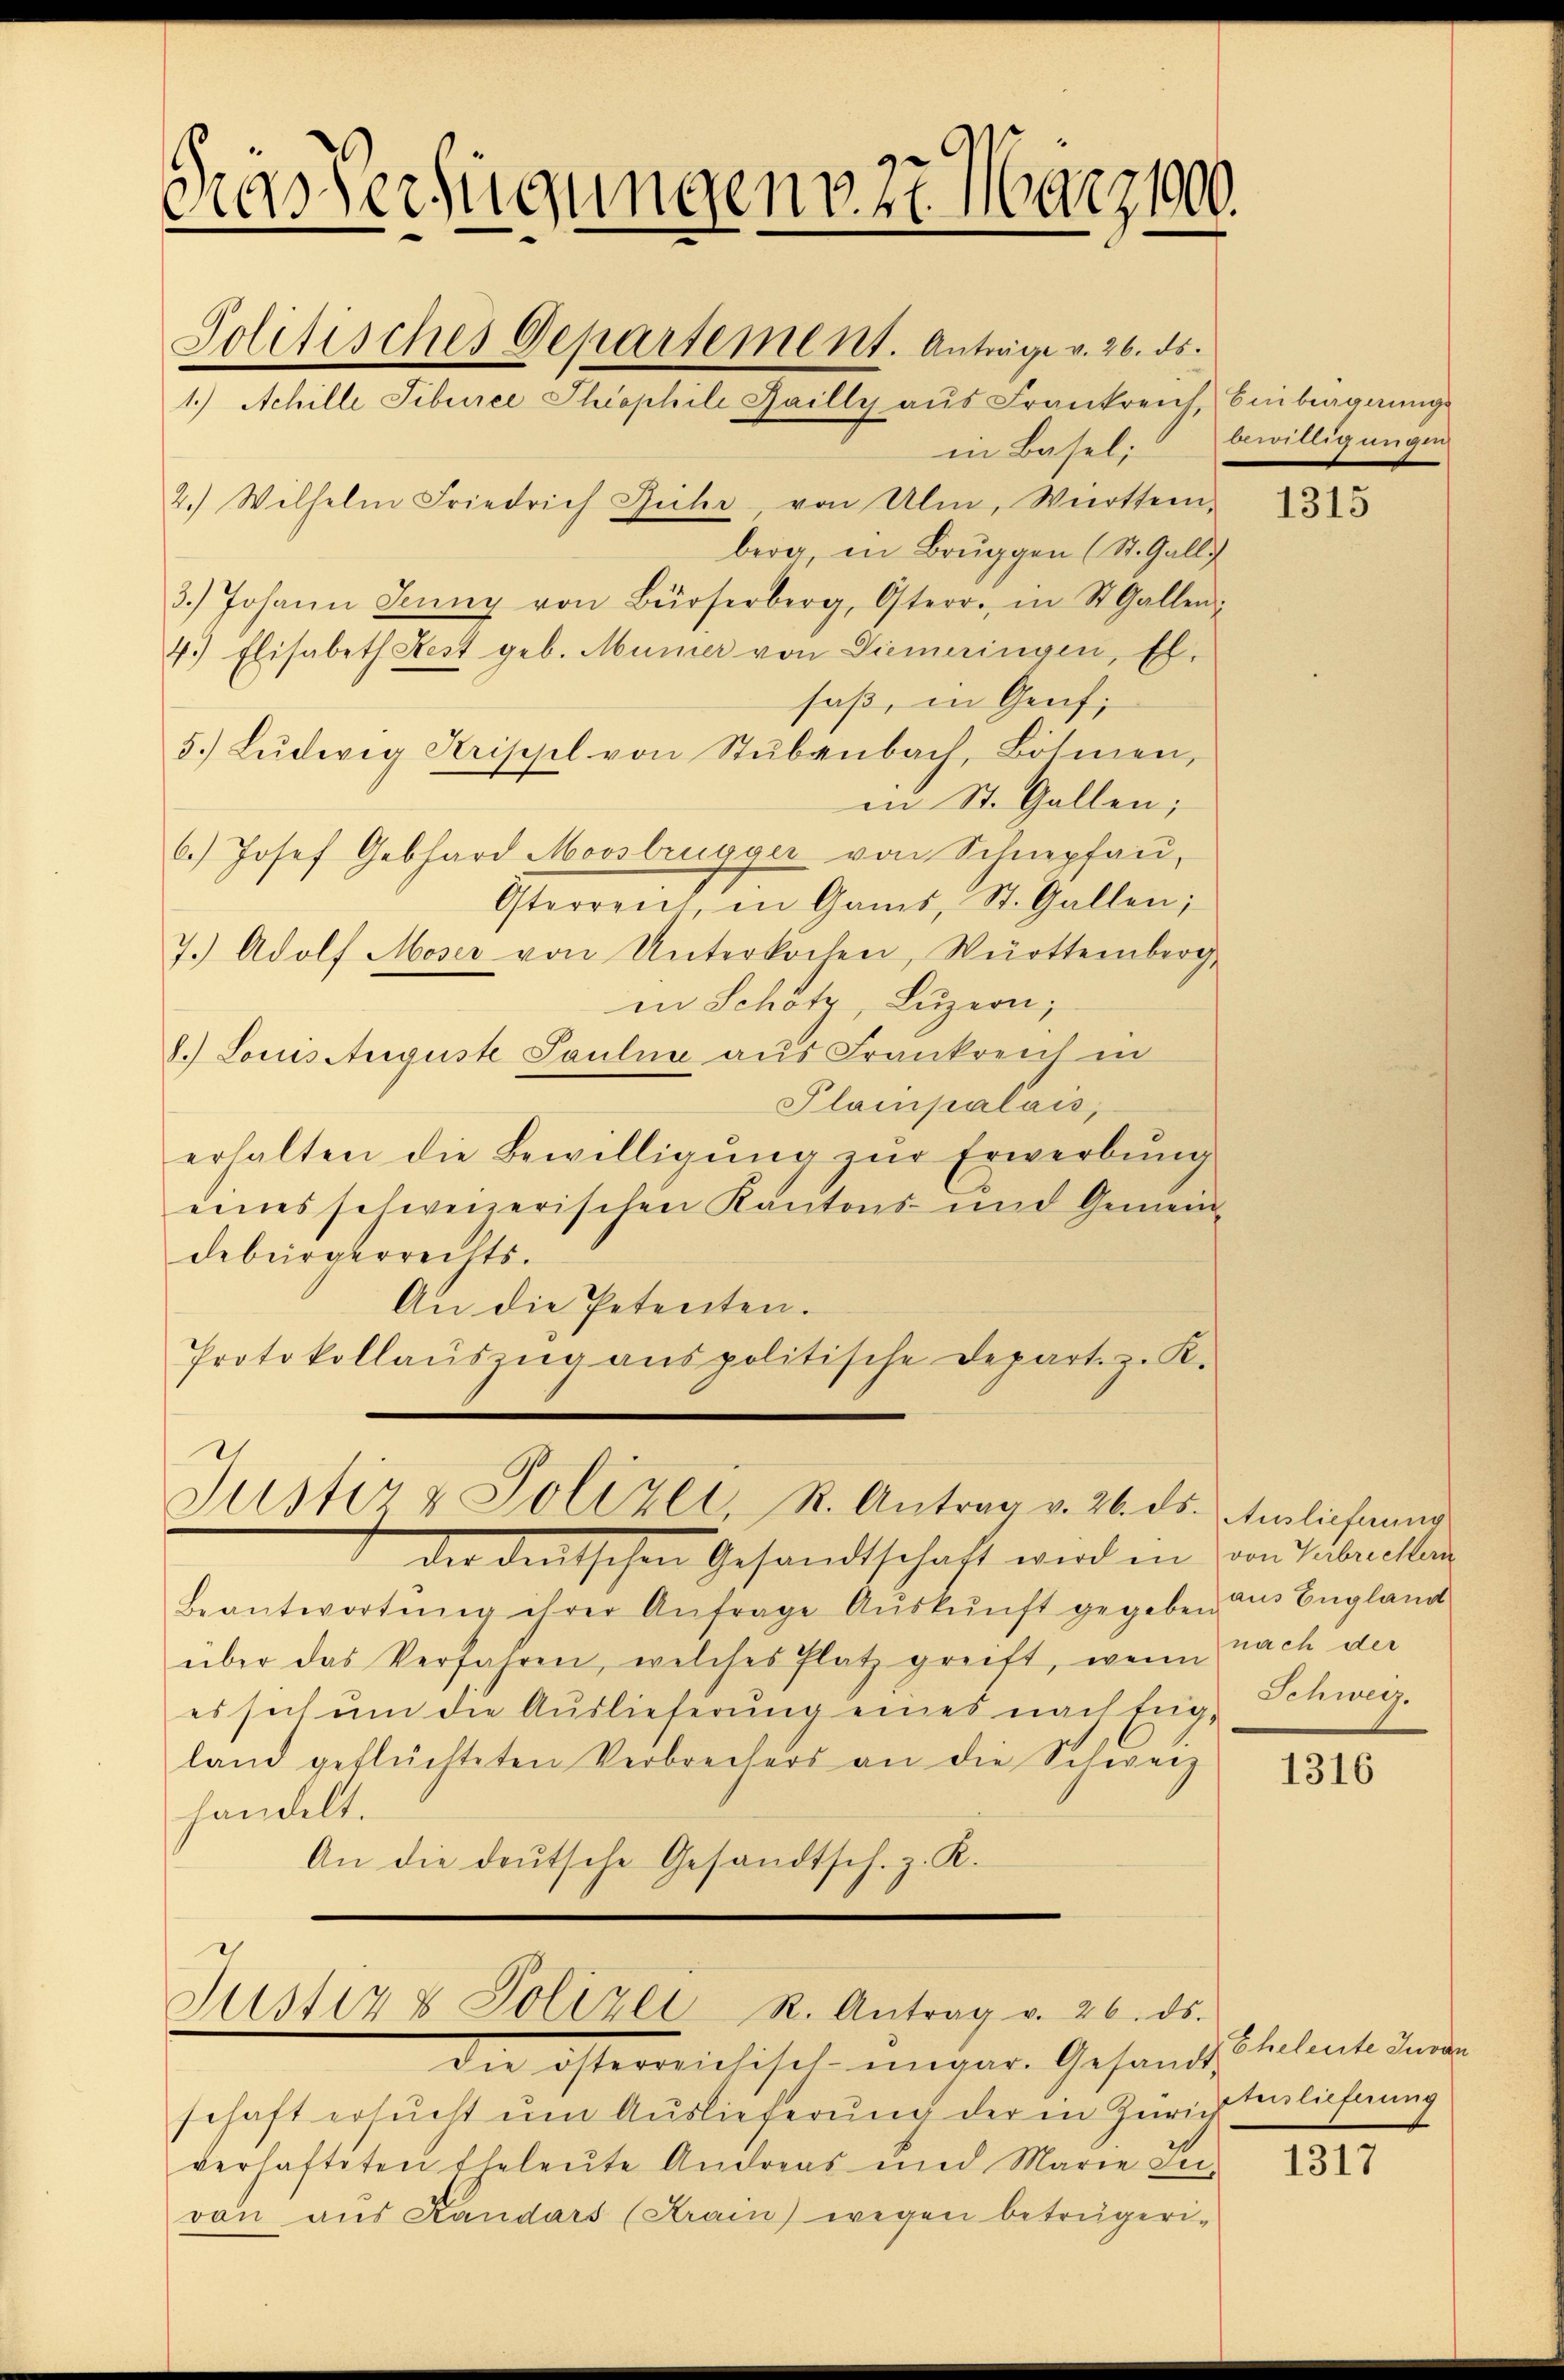
Das Verfügungen 27. März 1800.
Politisches Departement. Anträge v. 26. ds.
1.) Achille Tiberee Theophili Zailly aus Frankreich, Einbergangs
in Basel; bewilligungen
2.) Wilhelm Friedrich Rühr von Ulm, Württem-
berg, in Bruggen (St. Galli

3.) Johann Jenny von Bürserberg, Osterr. in St. Gallen:
4.) Elisabeth Fest geb. Mümer von Diemeringen, fl.
saß, in Genf,
5.) Lŭdwig Krisepl von Stŭbenbach, Botmen.
in St. Gallen;
6.) Josef Gebhard Mooslrügger von Schnepfau,
Gereit, in Gant, St. Gallen,
7. Adolf Moser von Unterkochen, Württemberg
in Schotz, Luzern;
8.) Louis Auguste Pauline aus Frankreich in
Plampalais,
erhalten die Bewilligung zur Erwerbung
eines schweizerischen Kantons- und Gemeindebürgerrechts.
An die Petenten.
Protokollaŭszŭg anspolitische Depart. z. K.

der deutschen Gesandtschaft wird in an Guberchen
Beantwortŭng ihrer Anfrage Aŭskŭnft gegeben aus England
über das Verfahren, welches Platz greift, wenn nach der
es sich um die Auslieferung eines nachteig-
land geflüchteten Verbrechers an die Schweiz
handelt.
An die deŭtsche Gesandtsch. z. K.

Justiz & Polizei, R. Antrag v. 26. ds. Auslieferung

Justiz & Polizei R. Antrag v. 26. ds.

die österreichisch meinr. Gesandt,
schaft ersucht um Auslieferung der in Zürich
verhafteten Eheleute Andreas und Marie Leivon aus Kandars (Strain) wegen betrügeri-

1315

Schweiz.

1316

Eheleute Inven
tenlieferung

1317